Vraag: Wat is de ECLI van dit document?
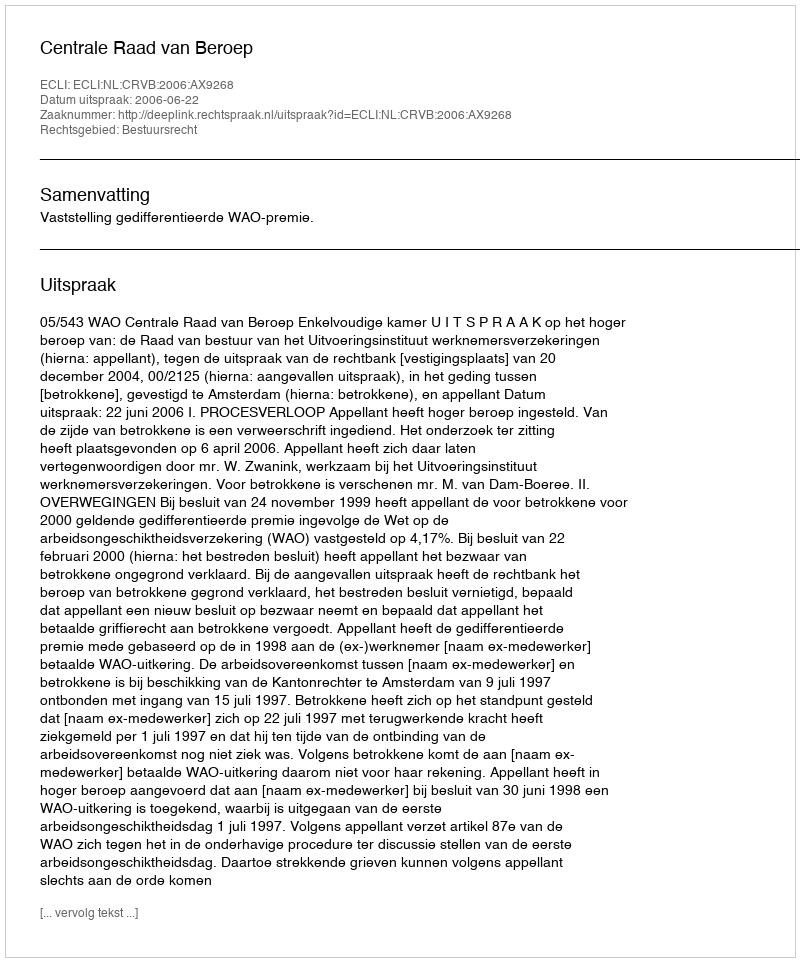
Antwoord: ECLI:NL:CRVB:2006:AX9268